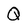
Character: Q